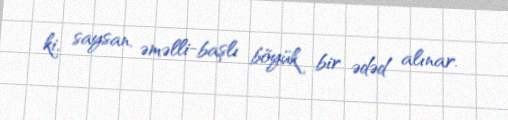
ki, saysan, əməlli-başlı böyük bir ədəd alınar.